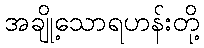
အချို့သောရဟန်းတို့